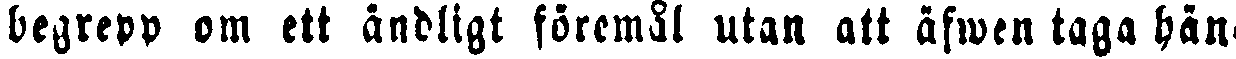
begrepp om ett ändligt föremål utan att äfwen taga hän-